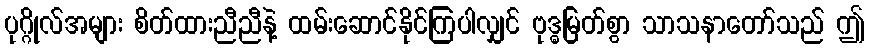
ပုဂ္ဂိုလ်အများ စိတ်ထားညီညီနဲ့ ထမ်းဆောင်နိုင်ကြပါလျှင် ဗုဒ္ဓမြတ်စွာ သာသနာတော်သည် ဤ